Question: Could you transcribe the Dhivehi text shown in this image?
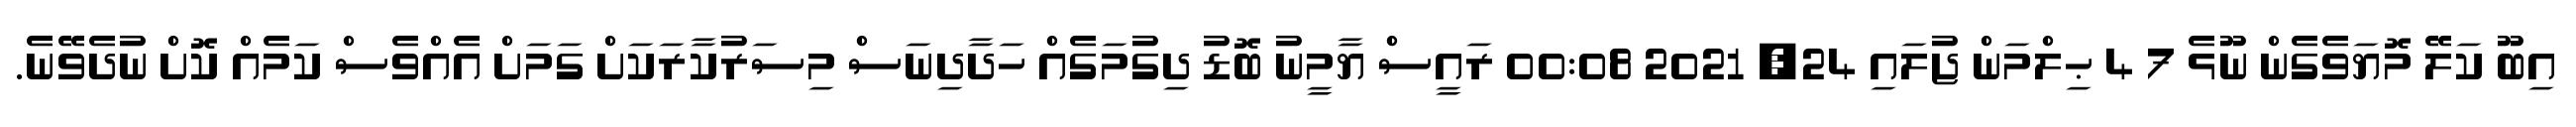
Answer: އިބޫ ކަލޭ މޮޔަވެގެން ނޫޅެ 7 4 ޙިލްމަން ޖުލައި 24, 2021 00:08 ރައީސް ޔާމީނު ބޮޑު ދިގުމަގެއް ހަދާދިނަސް މިސަރުކާރަކަށް ގަމަށް އެއްވެސް ކަމެއް ކޮށް ނުދެވޭނެ.